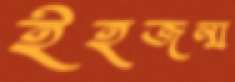
ইহজন্ম